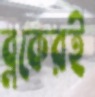
ব্লকেরই